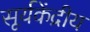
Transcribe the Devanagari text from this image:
सूर्यकेंद्रीय